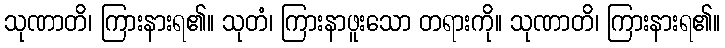
သုဏာတိ၊ ကြားနားရ၏။ သုတံ၊ ကြားနာဖူးသော တရားကို။ သုဏာတိ၊ ကြားနားရ၏။